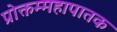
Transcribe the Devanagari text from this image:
प्रोक्तम्महापातक